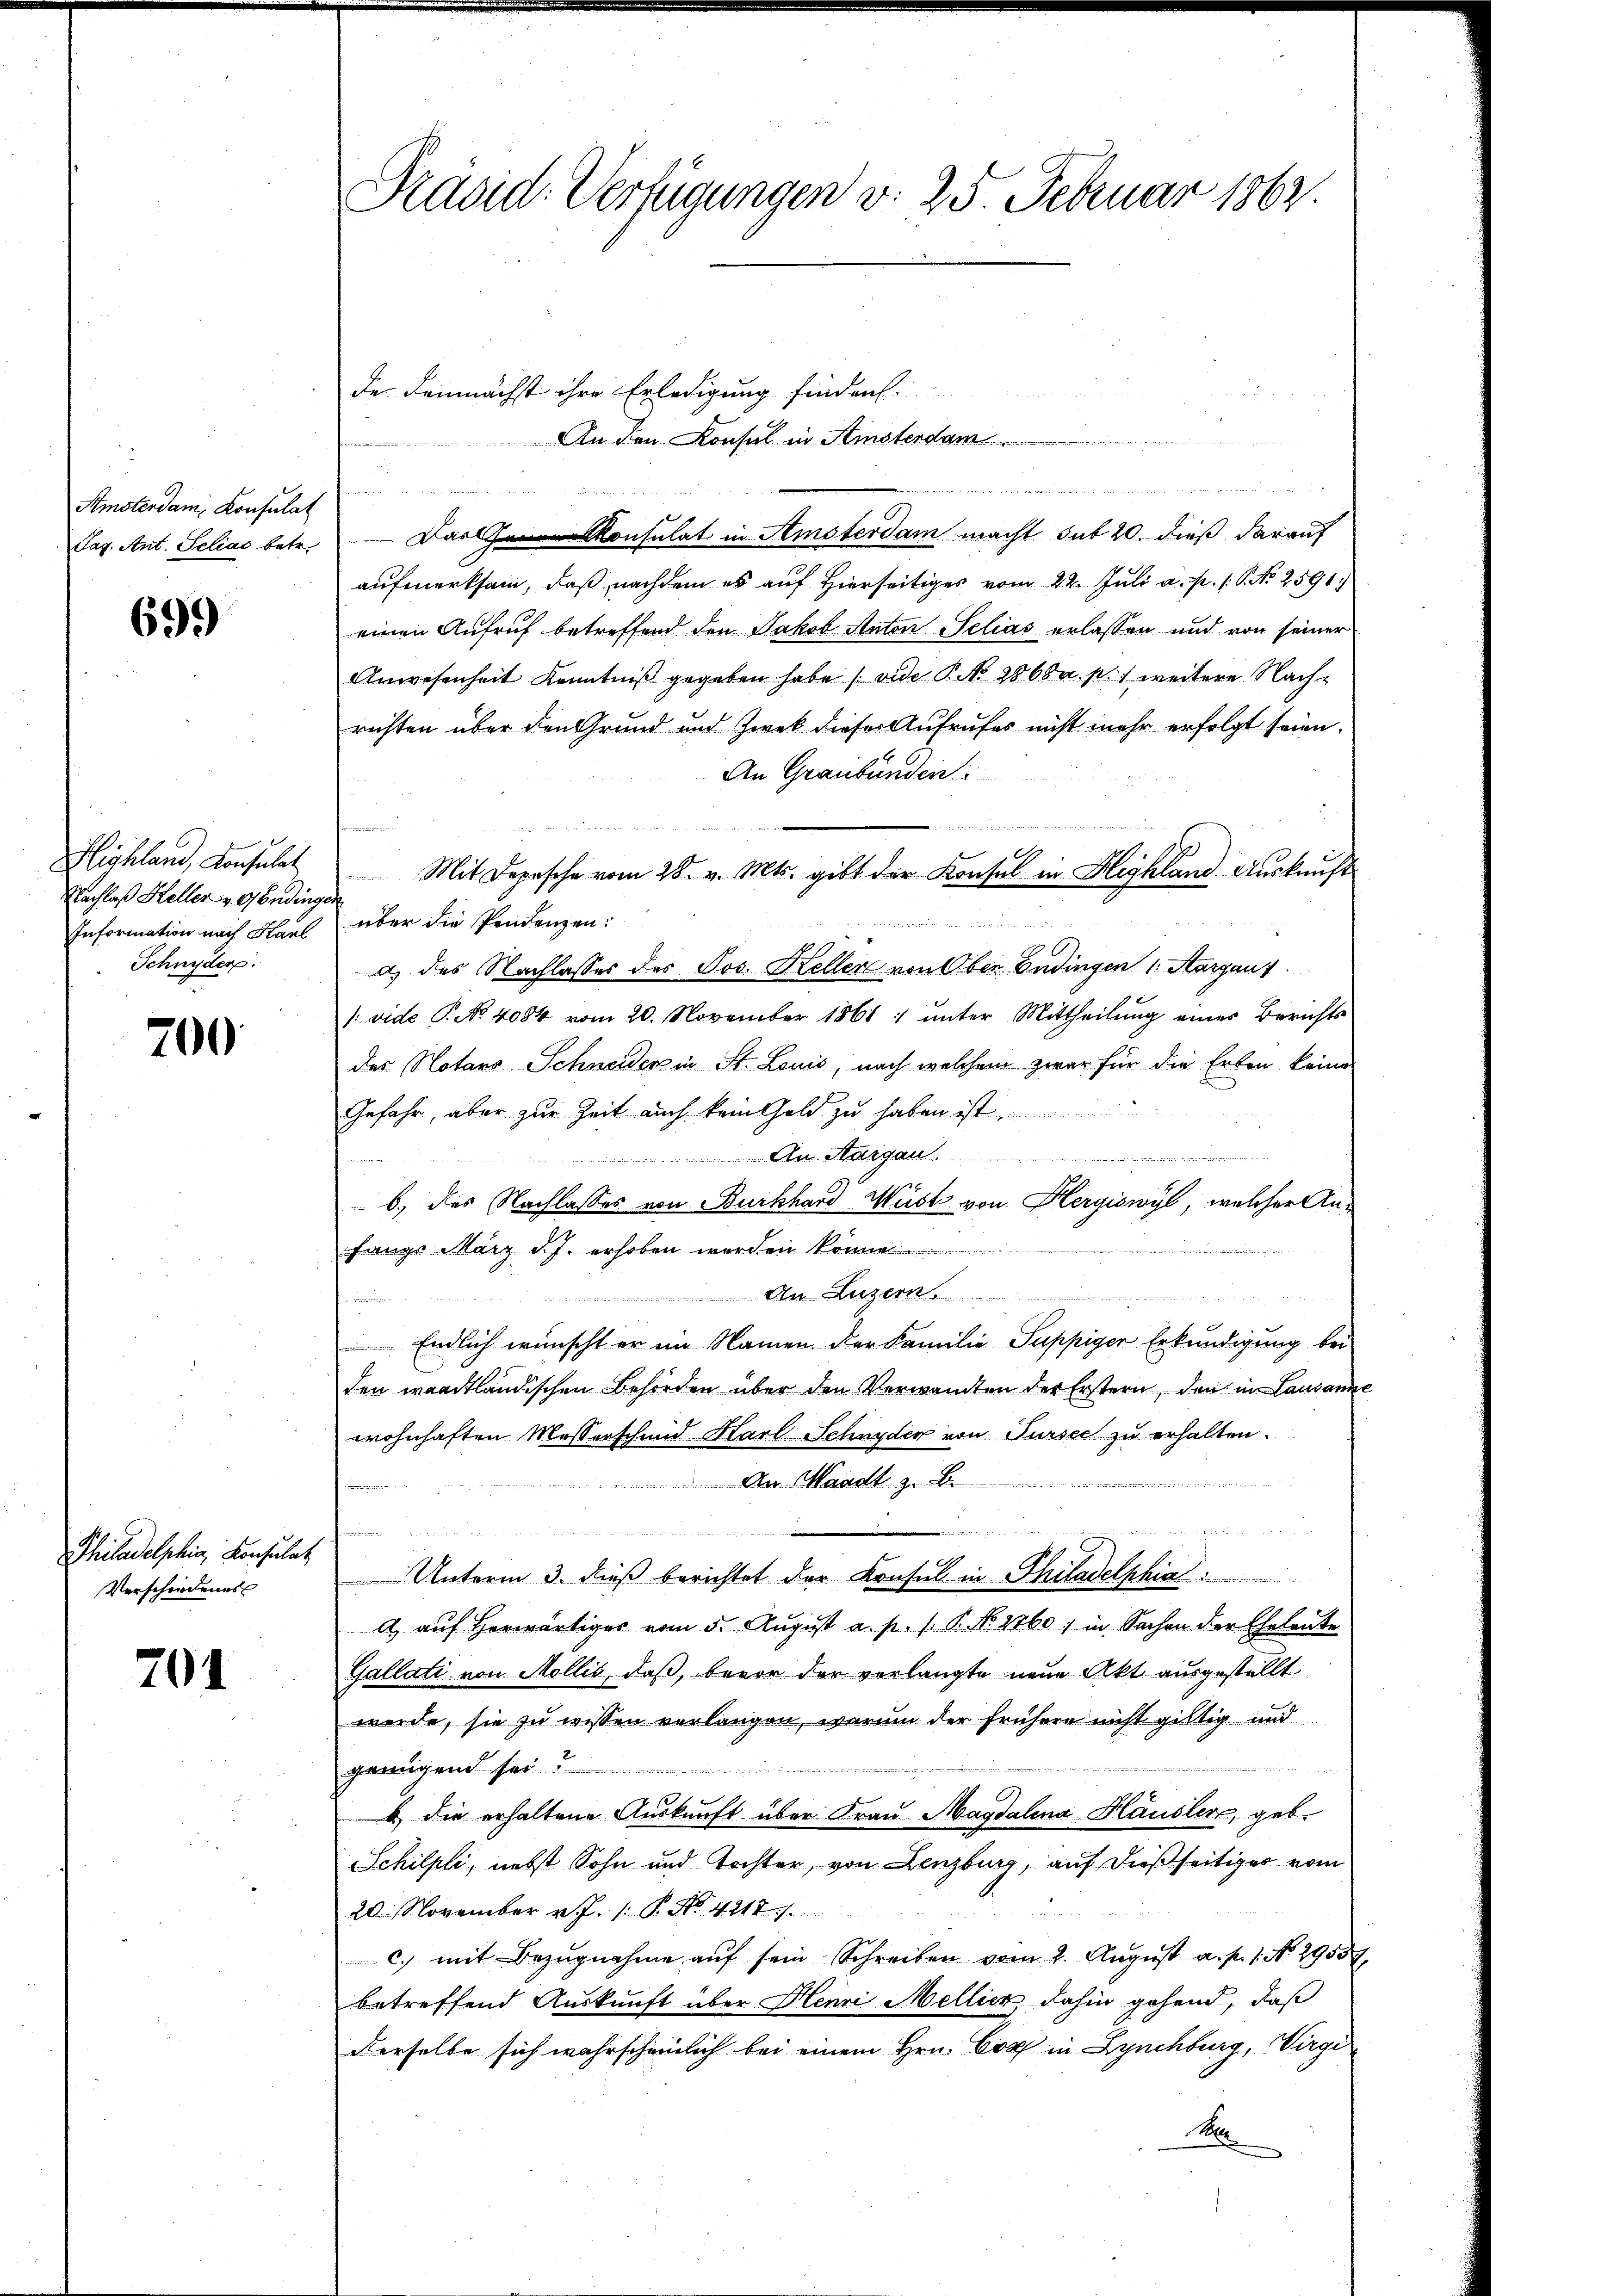
Amsterdam, Konsulat
Tag. Ant. Seliac betr.

699

Highland, Konsulat
Nachlaß Keller v. Gonding.
Information nach Harl
Schnyder.

200

Philadelphia, Konsulat
Verschiedenes

701

Präsid. Verfügungen d. 25 Februar 1864

de demnächst ihre Erledigung finden.
An den Konsul in Amsterdam
n

u
Das Konsulat in Amsterdam macht sub 20. dieß darauf
aufmerksam, daß nachdem es auf Hierseitiges vom 22. Juli a. p. 1. P. No 2591
einen Aufruf betreffend den Jakob Anton Selias erlassen und von seiner
Anwesenheit Kenntniß gegeben habe (vide P. No 2868 a. p. weitere Nachrichten über den Grund und Zwek dieser Aufrufes nicht mehr erfolgt seien.
An Graubünden
Mit Depesche vom 28. v. Mts. gibt der Konsul in Highland Auskunft
a
über die Pendenzen:

atz des Nachlasses des Jos. Keller von Oben Endingen 1. Sargaus
/: vide P. No. 4084 vom 20. November 1861 :/ ŭnter Mittheilŭng eines Berichts
des Notars Schneiden in St. Louis, nach welchem zwar für die Erben keine
Gefahr, aber zur Zeit auch kein Geld zu haben ist.
An Margau  ..  ..
b.) des Nachlasses von Burkhard Wüst von Hergiswyl, welcher An-
fangs März d. J. erhoben werden könne.
A Luzerk
 Endlich wünscht er im Namen. Der Familie Suppiger Erkundigung bei
den waadtländischen Behörden über den Verwandten der Erstern, den in Lausanne
wohnhaften Masserschmid Karl Schnyder von Tursee zu erhalten.
An Waadt z. B.

ed in der in dann die wirden in de
r
Unterm 3. dieß berichtet der Konsul in Philadelphia
A. auf herwärtiger vom 5. August a. p. /. P. No 1760, in Sachen der Eheleute
Gallati von Mollis, daß, bevor der verlangte neue Akt ausgestellt
werde, sie zu wissen verlangen, warum der frühere nicht giltig und
genügend sei.
b) die erhaltene Auskunft über Frau Magdalena Häusler, geb.
Schilpli, nebst Sohn und Tochter, von Lenzburg, auf dießseitiger vom
20. November v. J. 1. P. No. 4217.
c. mit Bezŭgnahme aŭf sein Schreiben vom 2. Aŭgŭst a. p. 1. No. 29559,
betreffend Auskunft über Henri Mellier, dahin gehend, daß
derselbe sich wahrscheinlich bei einem Hrn. Cor in Lynchburg, Wirgi
Ma